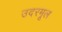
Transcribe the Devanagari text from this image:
उदरमूल